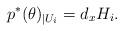
LaTeX: \begin{align*}p^* (\theta) _{| U_i} = d_xH_i . \end{align*}